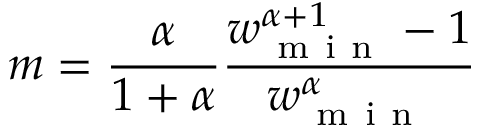
m = \frac { \alpha } { 1 + \alpha } \frac { w _ { \mathrm { ~ m ~ i ~ n ~ } } ^ { \alpha + 1 } - 1 } { w _ { \mathrm { ~ m ~ i ~ n ~ } } ^ { \alpha } }